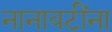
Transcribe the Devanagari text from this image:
नानावटींना